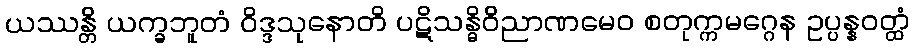
ယဿန္တိ ယက္ခဘူတံ ဝိဒ္ဒသုနောတိ ပဋိသန္ဓိဝိညာဏမေဝ စတုက္ကမဂ္ဂေန ဥပ္ပန္နဝတ္ထံ